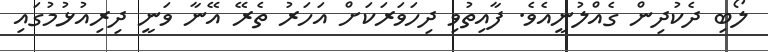
ލޯބި ދެކުދިން ގެއްލުނީއެވެ. ފާއިތުވި ދިހަވަރަކަށް އަހަރު ތެރޭ އޭނާ ވަނީ ދިރިއުޅުމުގައި